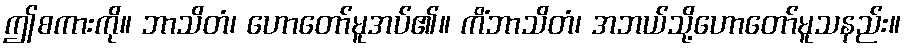
ဤစကားကို။ ဘာသိတံ၊ ဟောတော်မူအပ်၏။ ကိံဘာသိတံ၊ အဘယ်သို့ဟောတော်မူသနည်း။